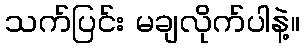
သက်ပြင်း မချလိုက်ပါနဲ့။